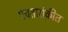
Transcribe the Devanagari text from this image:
पंचतारांकीत